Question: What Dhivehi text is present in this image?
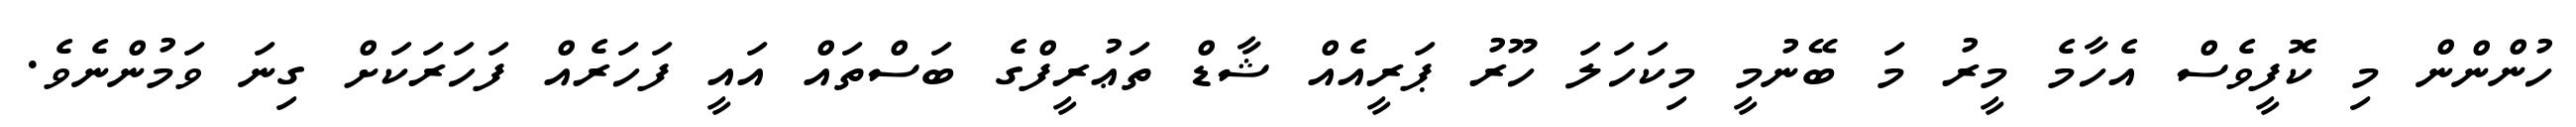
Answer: ހުންންން މި ކޮފީވެސް އެހާމެ މީރު މަ ބޭނުމީ މިކަހަލަ ހޫރު ޕަރީއެއް ޝާޑް ތަޢުރީފްގެ ބަސްތައް އައީ ފަހަރެއް ފަހަރަކަށް ގިނަ ވަމުންނެވެ.